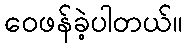
ဝေဖန်ခဲ့ပါတယ်။